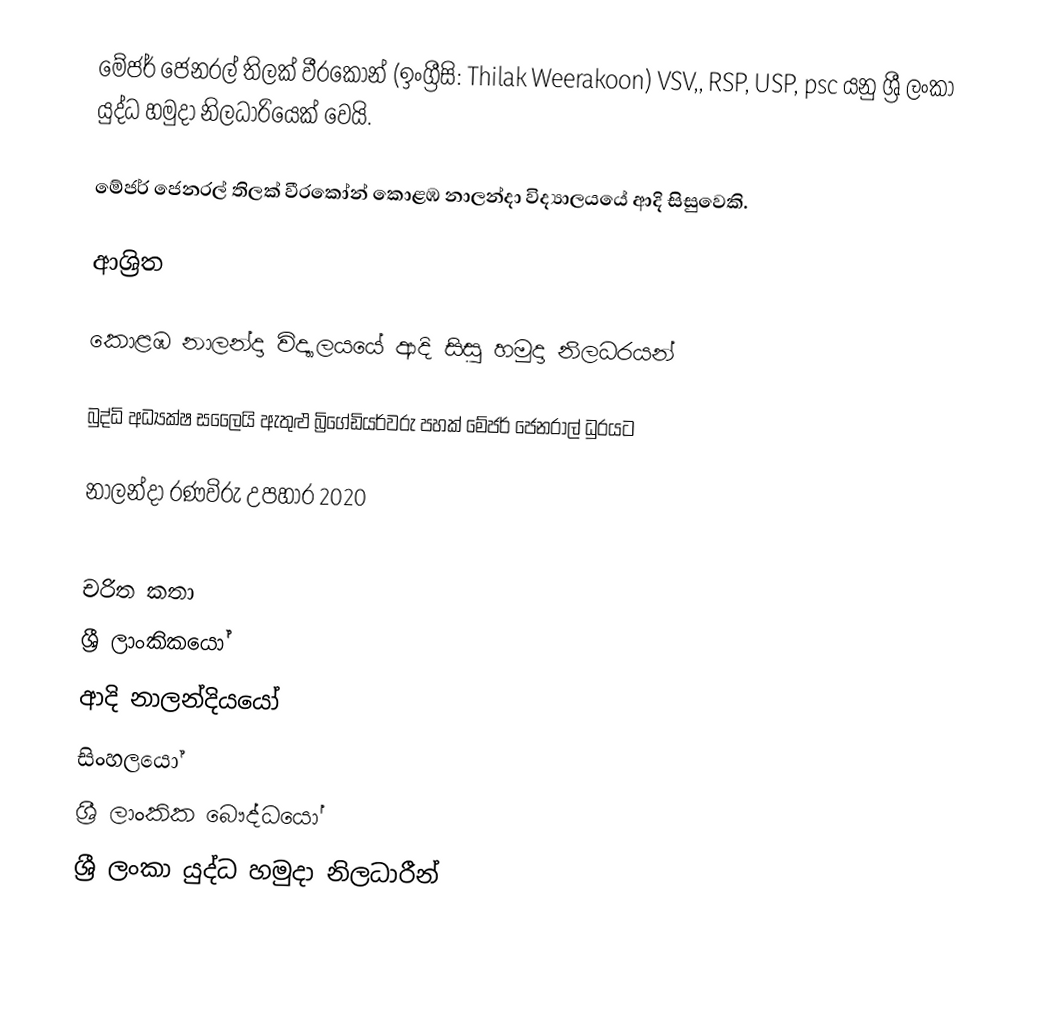
මේජර් ජෙනරල් තිලක් වීරකෝන් (ඉංග්‍රීසි: Thilak Weerakoon)  VSV,, RSP, USP, psc යනු  ශ්‍රී ලංකා යුද්ධ හමුදා නිලධාරියෙක් වෙයි.

මේජර් ජෙනරල් තිලක් වීරකෝන් කොළඹ නාලන්දා විද්‍යාලයයේ ආදි සිසුවෙකි.

ආශ්‍රිත

 කොළඹ නාලන්දා විද්‍යාලයයේ ආදි සිසු හමුදා නිලධරයන්

 බුද්ධි අධ්‍යක්ෂ සලෛයි ඇතුළු බ්‍රිගේඩියර්වරු පහක් මේජර් ජෙනරාල් ධුරයට

 නාලන්දා රණවිරු උපහාර 2020

චරිත කතා
ශ්‍රී ලාංකිකයෝ
ආදි නාලන්දියයෝ
සිංහලයෝ
ශ්‍රී ලාංකික බෞද්ධයෝ
ශ්‍රී ලංකා යුද්ධ හමුදා නිලධාරීන්